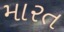
મારત